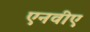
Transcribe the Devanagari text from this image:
एनवीए